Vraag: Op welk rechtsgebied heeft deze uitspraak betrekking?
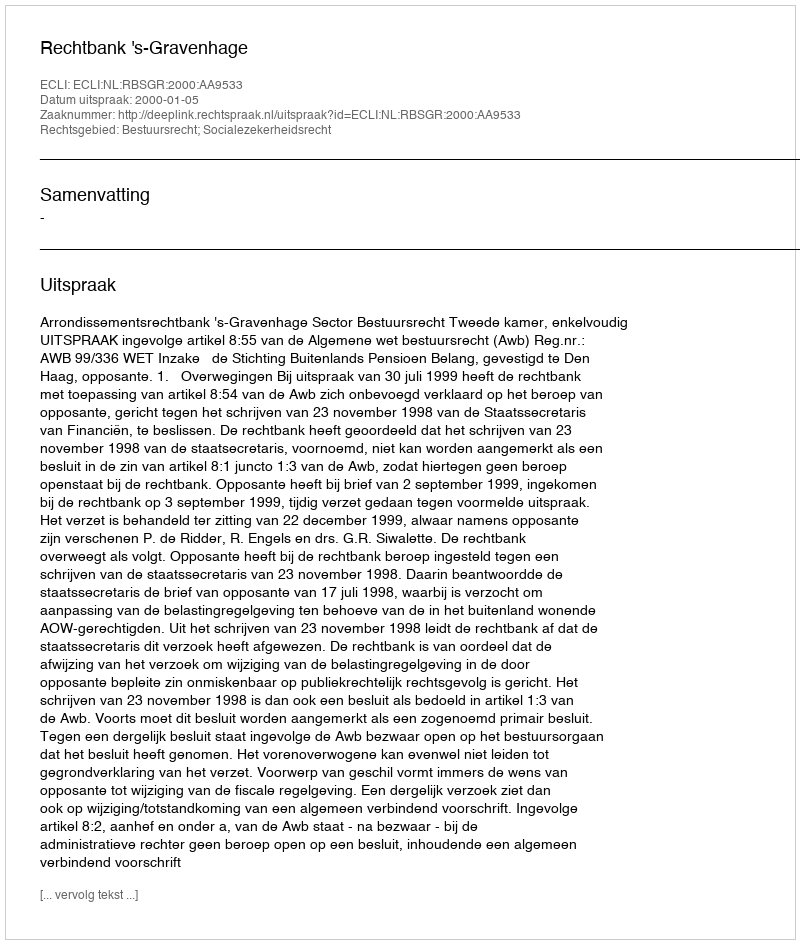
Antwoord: Bestuursrecht; Socialezekerheidsrecht